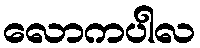
လောကပါလ